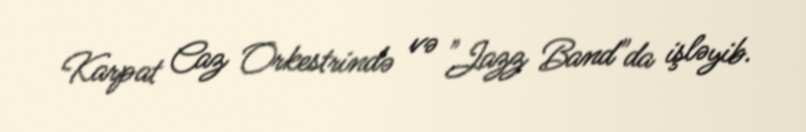
Karpat Caz Orkestrində və "Jazz Band"da işləyib.